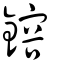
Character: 鎔